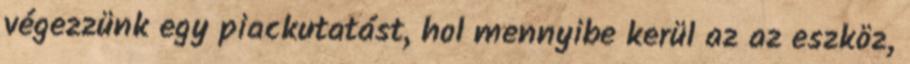
végezzünk egy piackutatást, hol mennyibe kerül az az eszköz,